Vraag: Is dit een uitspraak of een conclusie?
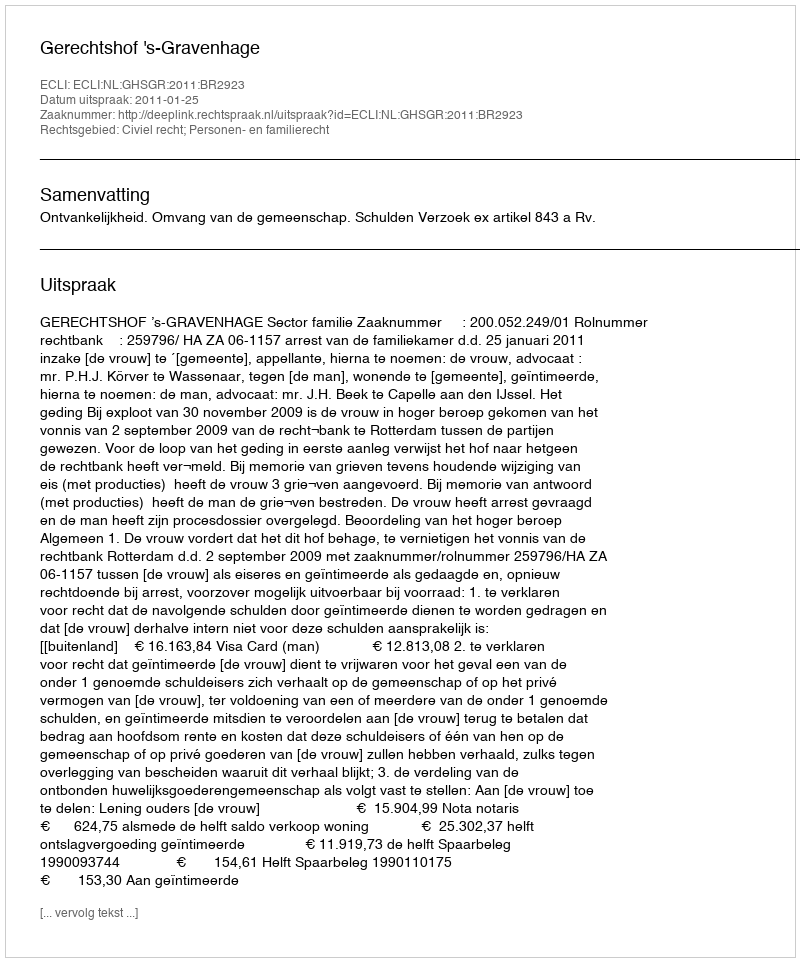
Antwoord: Uitspraak